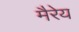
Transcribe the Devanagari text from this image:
मैरेय